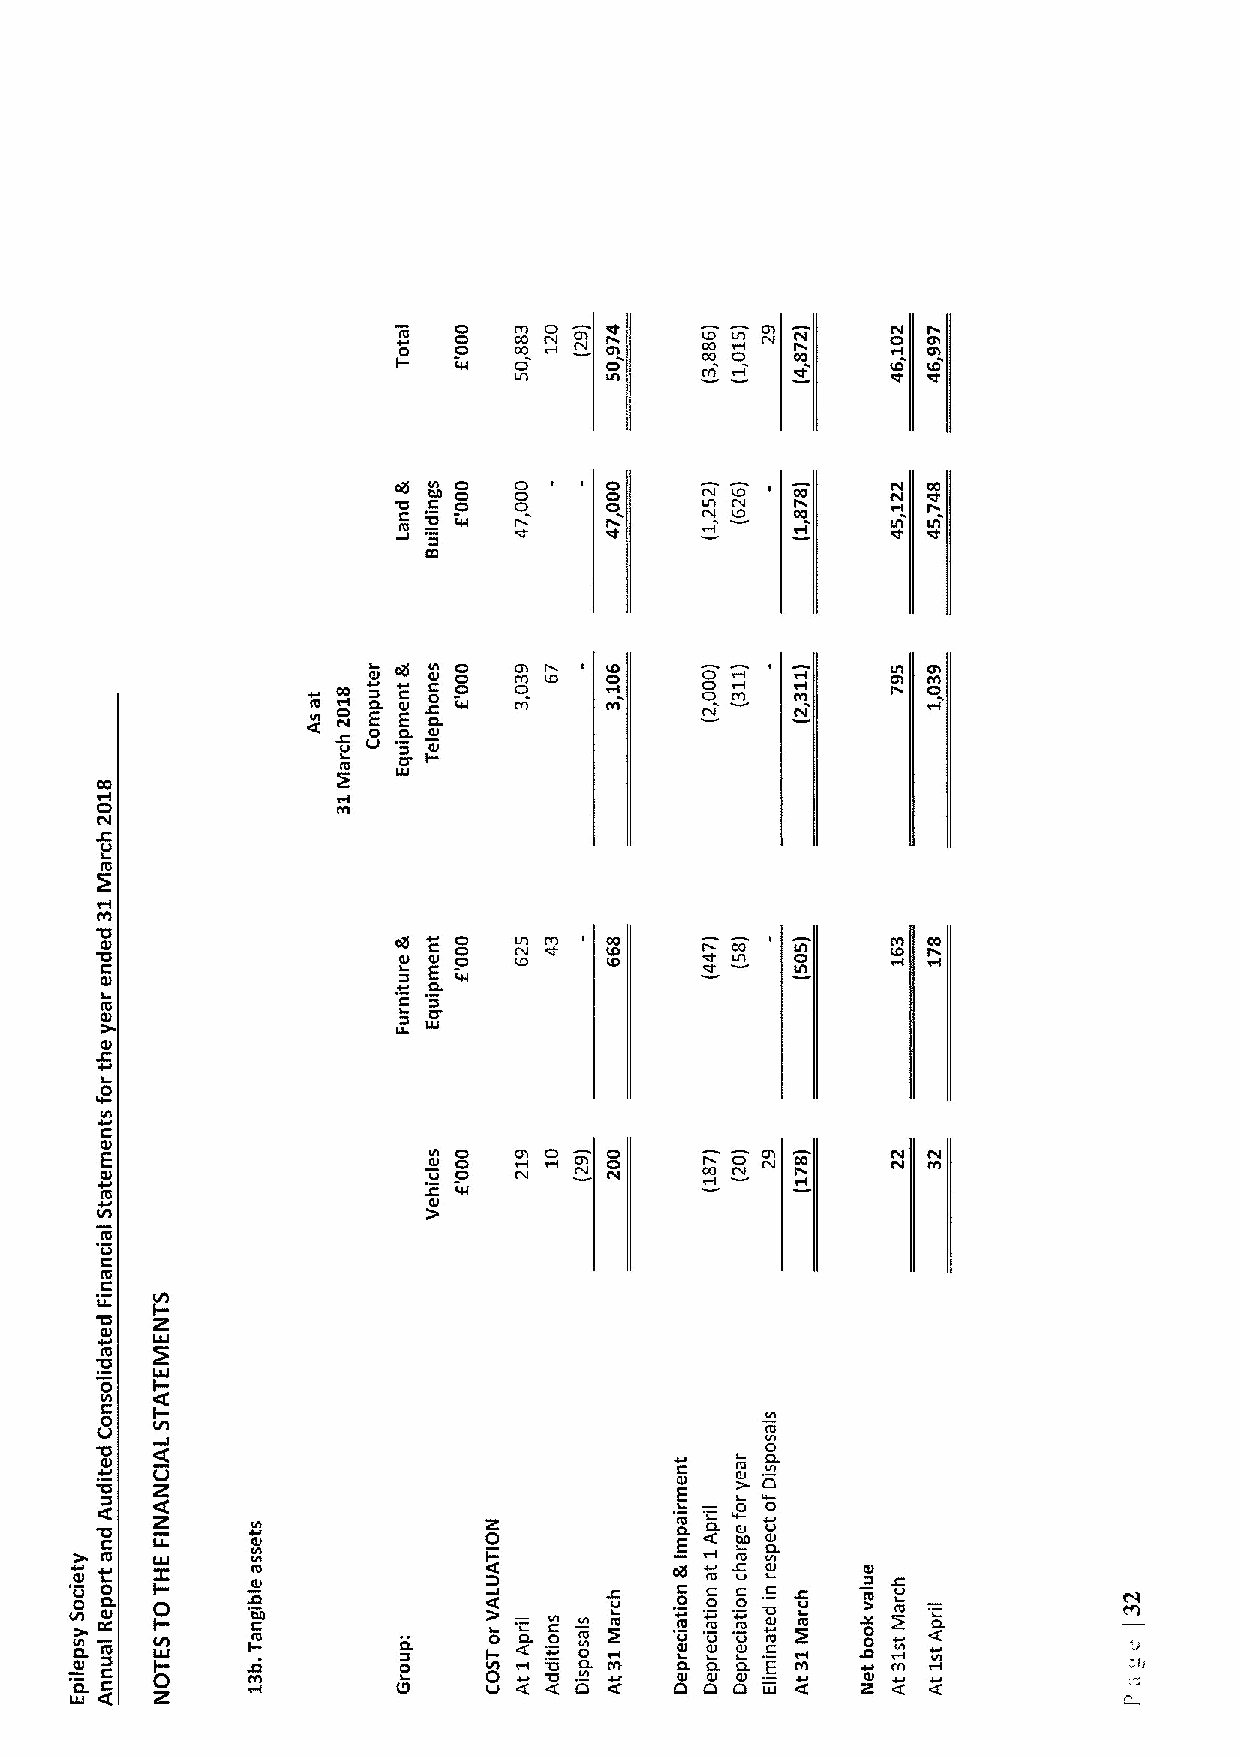
0
 f 0c 0 0 4I h C G CO Ol l O N r Coh! I C CD O O 0 Ch CO CN !
 I/I   ifl                cl'
 '0
 C
 '06 0 o0 fto
 t
 0 Co! ! o C Cl! N IJI I N ID
 D
 C I CO
 O
 cc
 ct
 «C
 IO
 C NO Q 0 El Q El Cf QC 0f l! . iQ 8 tt C m C mh l ID I C IYD l l 0 o o m C t Cth l l
 0.
 u   Oel
 0
 CO
 Cl
 N
 M
 0                      0
 '0Ql                QII 0
 g
 C                  QJ Q El
 I!U                  0.
 0
 IO                   0'
 tU                   UJ
 Ql
 i0
 4
 I
 C
 8Q El                Q Ul 0 0 0 C Nh o CNh o o N CO O N 0 N!
 +Ql                   O QE
 l
 ttt
 IJI
 IO
 C
 IO
 C
 I-
 '0
 Ql LJJ
 '0IO
 0  I-
 C  I-
 0                                           I
 'Q 0J                                        I 0O
 Ql                                    0   IO CL
 Cl
 Z                                  Ql  &. CJ
 E   0 0
 ct
 '0  Z     tcl             0            fc CL tU JJ
 C         QJ                          E   OO Q0J.
 e 5I 0 eO I 0- I IUO       c o «t(      0 0 f I 0t Jt Q Cl 0 Q IOl IJ
 t Cn
 L IO
 I I-
 -
 t0 IOlc
 0.    0 «C (L
 «
 C c 0 0! . I0 IUO
 f
 t
 I0o
 Uc
 «
 I0
 eO0
 Q tcl 0
 I vO
 , Q cL         0
 0               0     I0h            CL  E M     m               CO
 6Ql Qt      IU
 UJ «I                IU      «(           Cl C! «Q  P. «C C